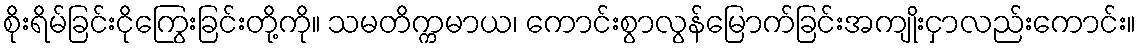
စိုးရိမ်ခြင်းငိုကြွေးခြင်းတို့ကို။ သမတိက္ကမာယ၊ ကောင်းစွာလွန်မြောက်ခြင်းအကျိုးငှာလည်းကောင်း။